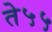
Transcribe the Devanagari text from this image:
ते५५